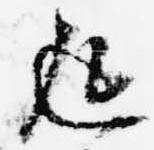
返